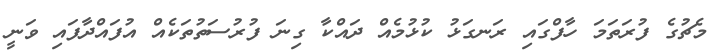
މެޗުގެ ފުރަތަމަ ހާފްގައި ރަނގަޅު ކުޅުމެއް ދައްކާ ގިނަ ފުރުސަތުތަކެއް އުފައްދާފައި ވަނީ